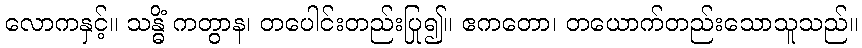
လောကနှင့်။ သန္ဓိံ ကတွာန၊ တပေါင်းတည်းပြု၍။ ဧကတော၊ တယောက်တည်းသောသူသည်။